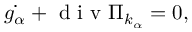
\begin{array} { r } { \dot { g _ { \alpha } } + \mathrm { ~ d ~ i ~ v ~ } \Pi _ { k _ { \alpha } } = 0 , } \end{array}